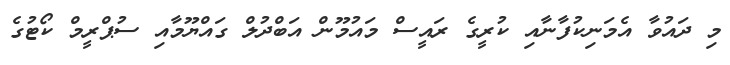
މި ދައުވާ އެމަނިކުފާނާއި ކުރީގެ ރައީސް މައުމޫން އަބްދުލް ގައްޔޫމާއި ސުޕްރީމް ކޯޓުގެ